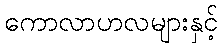
ကောလာဟလများနှင့်